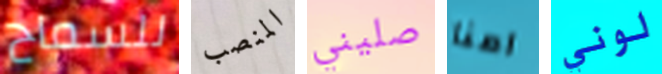
للسماح المنصب صليني امنا لوني